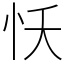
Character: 㤇